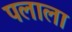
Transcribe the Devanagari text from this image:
पलाला